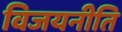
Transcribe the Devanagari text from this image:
विजयनीति